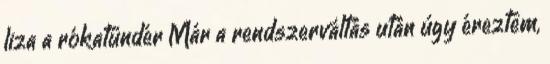
liza a rókatündér Már a rendszerváltás után úgy éreztem,